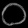
Digit: ၀